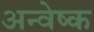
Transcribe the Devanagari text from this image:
अन्वेष्क